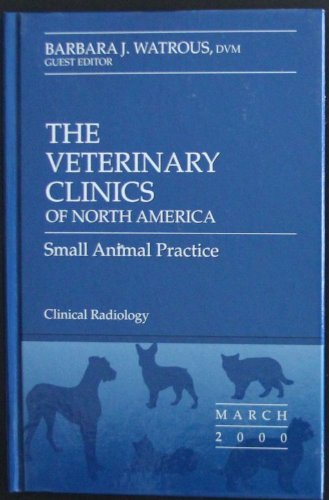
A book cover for THE VETERINARY CLINICS OF NORTH AMERICA, SMALL ANIMAL PRACTICE, MAR 2000, VOL. 30, NUMBER 2-CLINICAL RADIOLOGY; Medical Books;